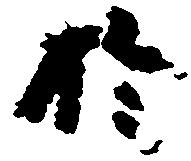
於